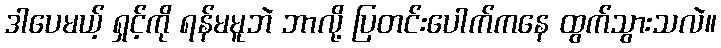
ဒါပေမယ့် ရှင့်ကို ရန်မမူဘဲ ဘာလို့ ပြတင်းပေါက်ကနေ ထွက်သွားသလဲ။